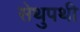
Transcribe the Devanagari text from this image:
सेथुपथी